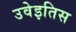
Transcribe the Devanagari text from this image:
उवेइतिस